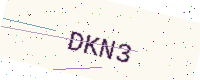
Text: DKN3